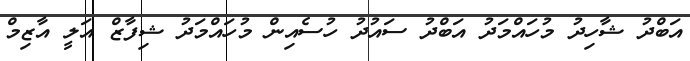
އަބްދު ޝާހިދު މުހައްމަދު އަބްދު ސައުދު ހުސެއިން މުހައްމަދު ޝިފާޒް އަލީ އާޒިމް